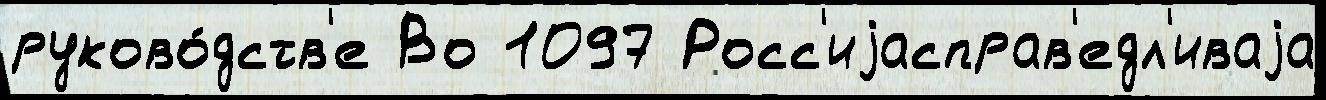
руково́дств'е Во 1097 Росс'иjасправ'едл'иваjа